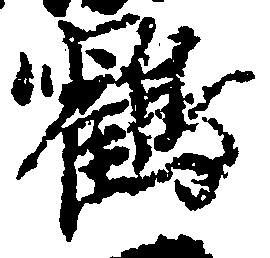
鶴